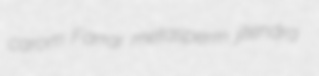
carom Farrar metasperm jitendra